65_HS1-834228961_62-HQ-83894_Section_9
Agency: FBI
Page 173
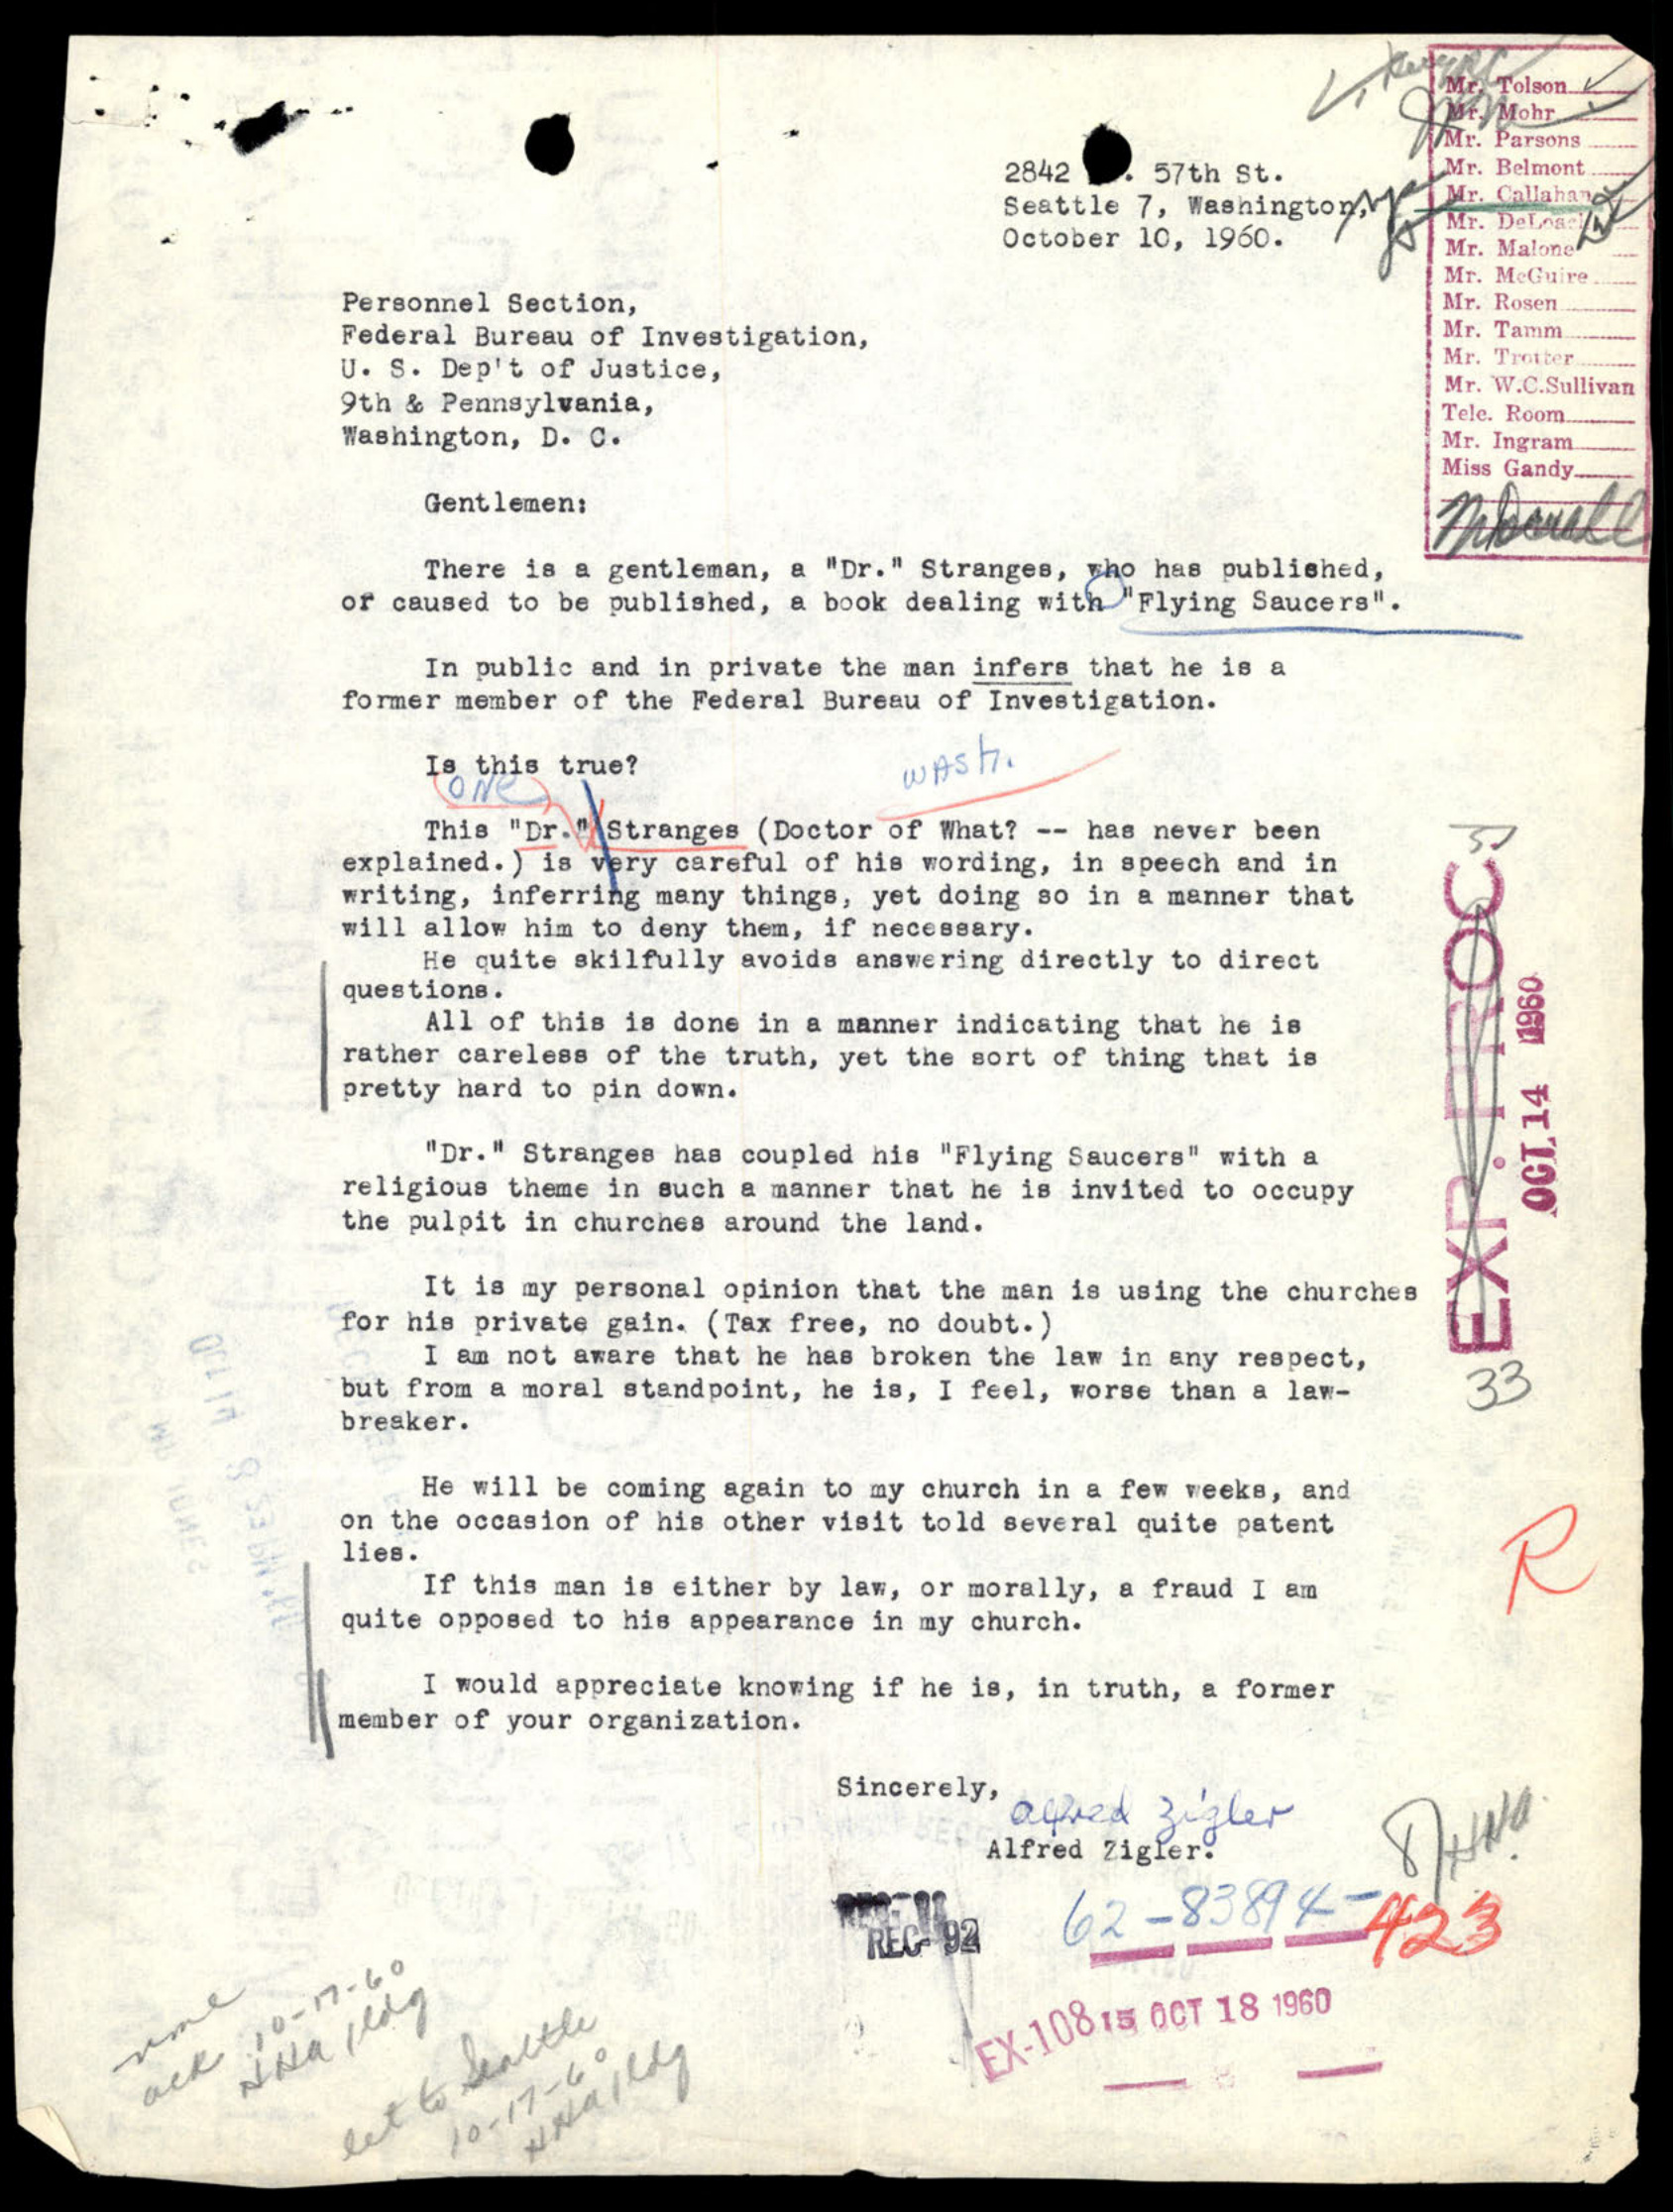